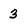
Character: 3